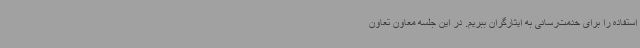
استفاده را برای خدمت‌رسانی به ایثارگران ببریم. در این جلسه معاون تعاون